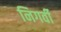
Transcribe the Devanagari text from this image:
निगर्वी